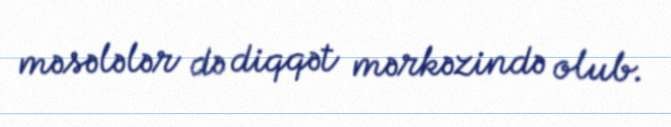
məsələlər də diqqət mərkəzində olub.